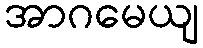
အာဂမေယျ